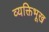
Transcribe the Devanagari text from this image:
व्यक्तिभूख